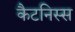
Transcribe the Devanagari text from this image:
कैटनिस्स